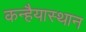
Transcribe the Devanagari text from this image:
कन्हैयास्थान